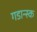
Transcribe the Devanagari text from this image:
गडान्स्क